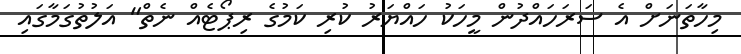
މިހާތަނަށް އެ ސަރަހައްދުން މީހަކު ހައްޔަރު ކުރި ކަމުގެ ރިޕޯޓެއް ނެތް" އަލުތުގަމާގައި